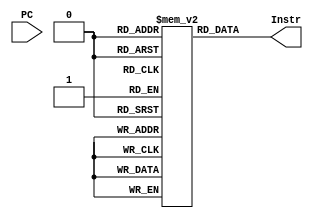
`timescale 1ns / 1ps
//////////////////////////////////////////////////////////////////////////////////
// Company: 
// Engineer: 
// 
// Design Name: 
// Module Name: IMem
// Project Name: 
// Target Devices: 
// Tool Versions: 
// Description: 
// 
// Dependencies: 
// 
// Revision:
// Revision 0.01 - File Created
// Additional Comments:
// 
//////////////////////////////////////////////////////////////////////////////////


module IMem(
    input PC,
    output [31:0] Instr
    );
    
    reg [31:0]mem[4095:0];
    
    assign Instr = mem[PC >> 2];
    
endmodule